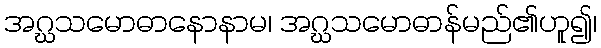
အဂ္ဃသမောဓာနောနာမ၊ အဂ္ဃသမောဓာန်မည်၏ဟူ၍၊